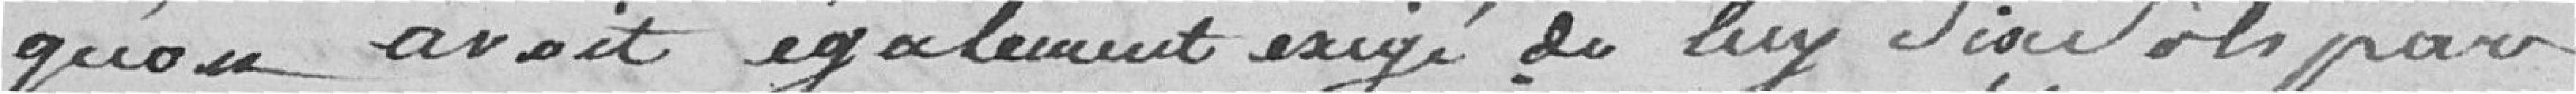
qu'on avait également exigé de luy six sols pour